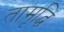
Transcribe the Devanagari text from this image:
तामृद्धिं